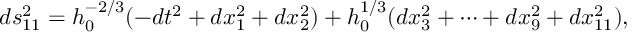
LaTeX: d s _ { 1 1 } ^ { 2 } = h _ { 0 } ^ { - 2 / 3 } ( - d t ^ { 2 } + d x _ { 1 } ^ { 2 } + d x _ { 2 } ^ { 2 } ) + h _ { 0 } ^ { 1 / 3 } ( d x _ { 3 } ^ { 2 } + \cdots + d x _ { 9 } ^ { 2 } + d x _ { 1 1 } ^ { 2 } ) ,